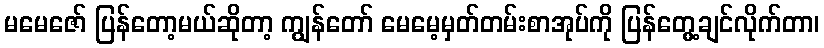
မမေဇော် ပြန်တော့မယ်ဆိုတာ့ ကျွန်တော် မေမေ့မှတ်တမ်းစာအုပ်ကို ပြန်တွေ့ချင်လိုက်တာ၊